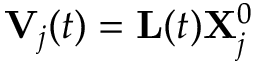
\mathbf { V } _ { j } ( t ) = \mathbf { L } ( t ) \mathbf { X } _ { j } ^ { 0 }